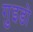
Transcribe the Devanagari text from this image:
गुइडो